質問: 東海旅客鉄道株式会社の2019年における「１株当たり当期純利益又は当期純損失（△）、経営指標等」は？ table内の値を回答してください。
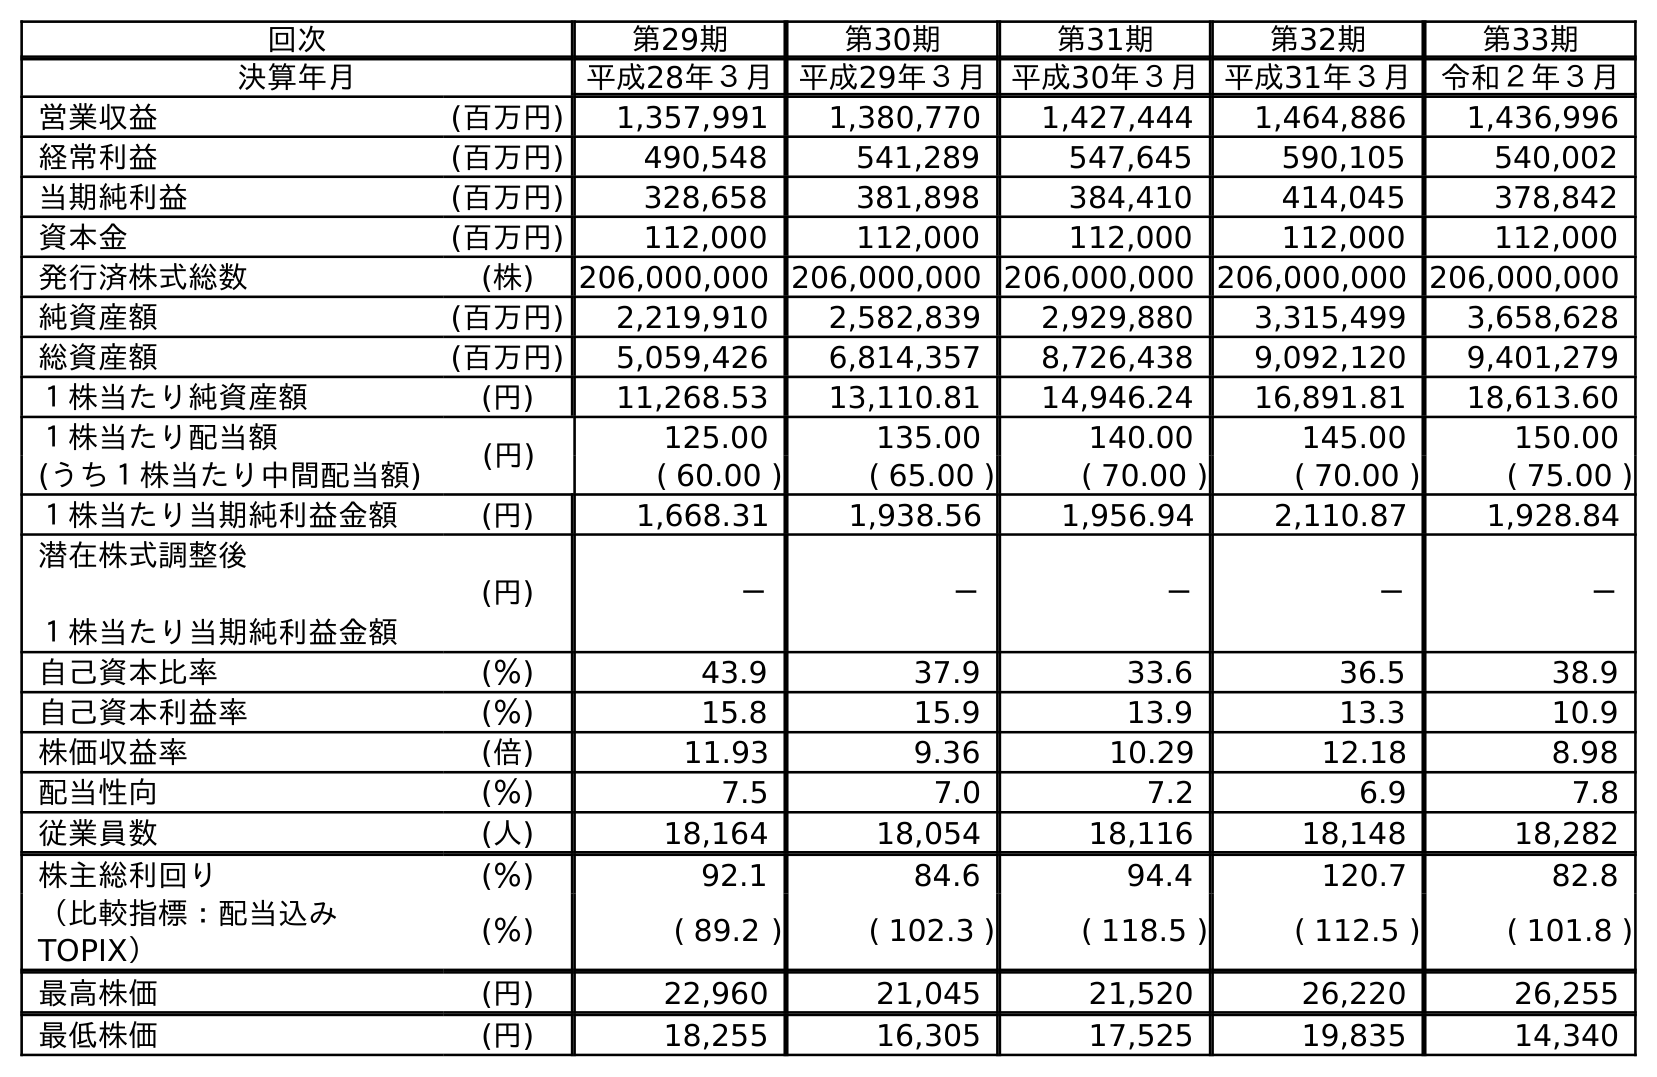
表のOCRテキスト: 回次 第29期 第30期 第31期 第32期 第33期 決算年月 平成28年３月 平成29年３月 平成30年３月 平成31年３月 令和２年３月 営業収益 (百万円) 1,357,991 1,380,770 1,427,444 1,464,886 1,436,996 経常利益 (百万円) 490,548 541,289 547,645 590,105 540,002 当期純利益 (百万円) 328,658 381,898 384,410 414,045 378,842 資本金 (百万円) 112,000 112,000 112,000 112,000 112,000 発行済株式総数 (株) 206,000,000 206,000,000 206,000,000 206,000,000 206,000,000 純資産額 (百万円) 2,219,910 2,582,839 2,929,880 3,315,499 3,658,628 総資産額 (百万円) 5,059,426 6,814,357 8,726,438 9,092,120 9,401,279 １株当たり純資産額 (円) 11,268.53 13,110.81 14,946.24 16,891.81 18,613.60 １株当たり配当額 (円) 125.00 135.00 140.00 145.00 150.00 (うち１株当たり中間配当額) ( 60.00 ) ( 65.00 ) ( 70.00 ) ( 70.00 ) ( 75.00 ) １株当たり当期純利益金額 (円) 1,668.31 1,938.56 1,956.94 2,110.87 1,928.84 潜在株式調整後 １株当たり当期純利益金額 (円) － － － － － 自己資本比率 (％) 43.9 37.9 33.6 36.5 38.9 自己資本利益率 (％) 15.8 15.9 13.9 13.3 10.9 株価収益率 (倍) 11.93 9.36 10.29 12.18 8.98 配当性向 (％) 7.5 7.0 7.2 6.9 7.8 従業員数 (人) 18,164 18,054 18,116 18,148 18,282 株主総利回り (％) 92.1 84.6 94.4 120.7 82.8 （比較指標：配当込み TOPIX） (％) ( 89.2 ) ( 102.3 ) ( 118.5 ) ( 112.5 ) ( 101.8 ) 最高株価 (円) 22,960 21,045 21,520 26,220 26,255 最低株価 (円) 18,255 16,305 17,525 19,835 14,340
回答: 2,110.87